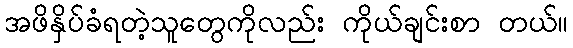
အဖိနှိပ်ခံရတဲ့သူတွေကိုလည်း ကိုယ်ချင်းစာ တယ်။